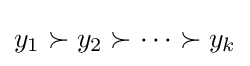
y_{1}\succ y_{2}\succ \cdots \succ y_{k}\,\!